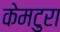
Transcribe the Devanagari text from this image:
केमटुरा